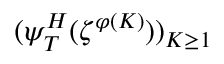
( \psi _ { T } ^ { H } ( \zeta ^ { \varphi ( K ) } ) ) _ { K \geq 1 }